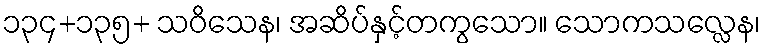
၁၃၄+၁၃၅+ သဝိသေန၊ အဆိပ်နှင့်တကွသော။ သောကသလ္လေန၊